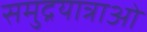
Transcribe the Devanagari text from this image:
समुद्रयात्राओं